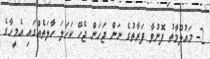
2- މައުލޫމާތު ފޮނުވާ ފަރާތުގެ ނަން ޖަހަން ޖެހޭ ކަހަލަ ހާލަތެއްގައި އެމީހާގެ